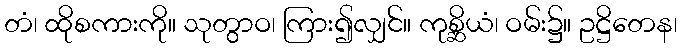
တံ၊ ထိုစကားကို။ သုတွာဝ၊ ကြား၍လျှင်။ ကုစ္ဆိယံ၊ ဝမ်း၌။ ဥဋ္ဌိတေန၊